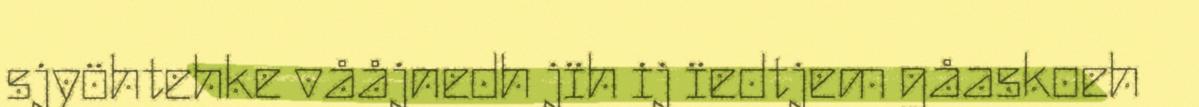
sjyöhtehke vååjnedh jïh ij ïedtjem gåaskoeh